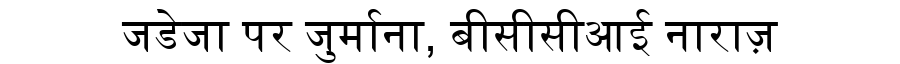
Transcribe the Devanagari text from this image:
जडेजा पर जुर्माना, बीसीसीआई नाराज़